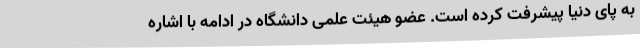
به پای دنیا پیشرفت کرده است. عضو هیئت علمی دانشگاه در ادامه با اشاره